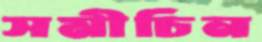
সমীচিন